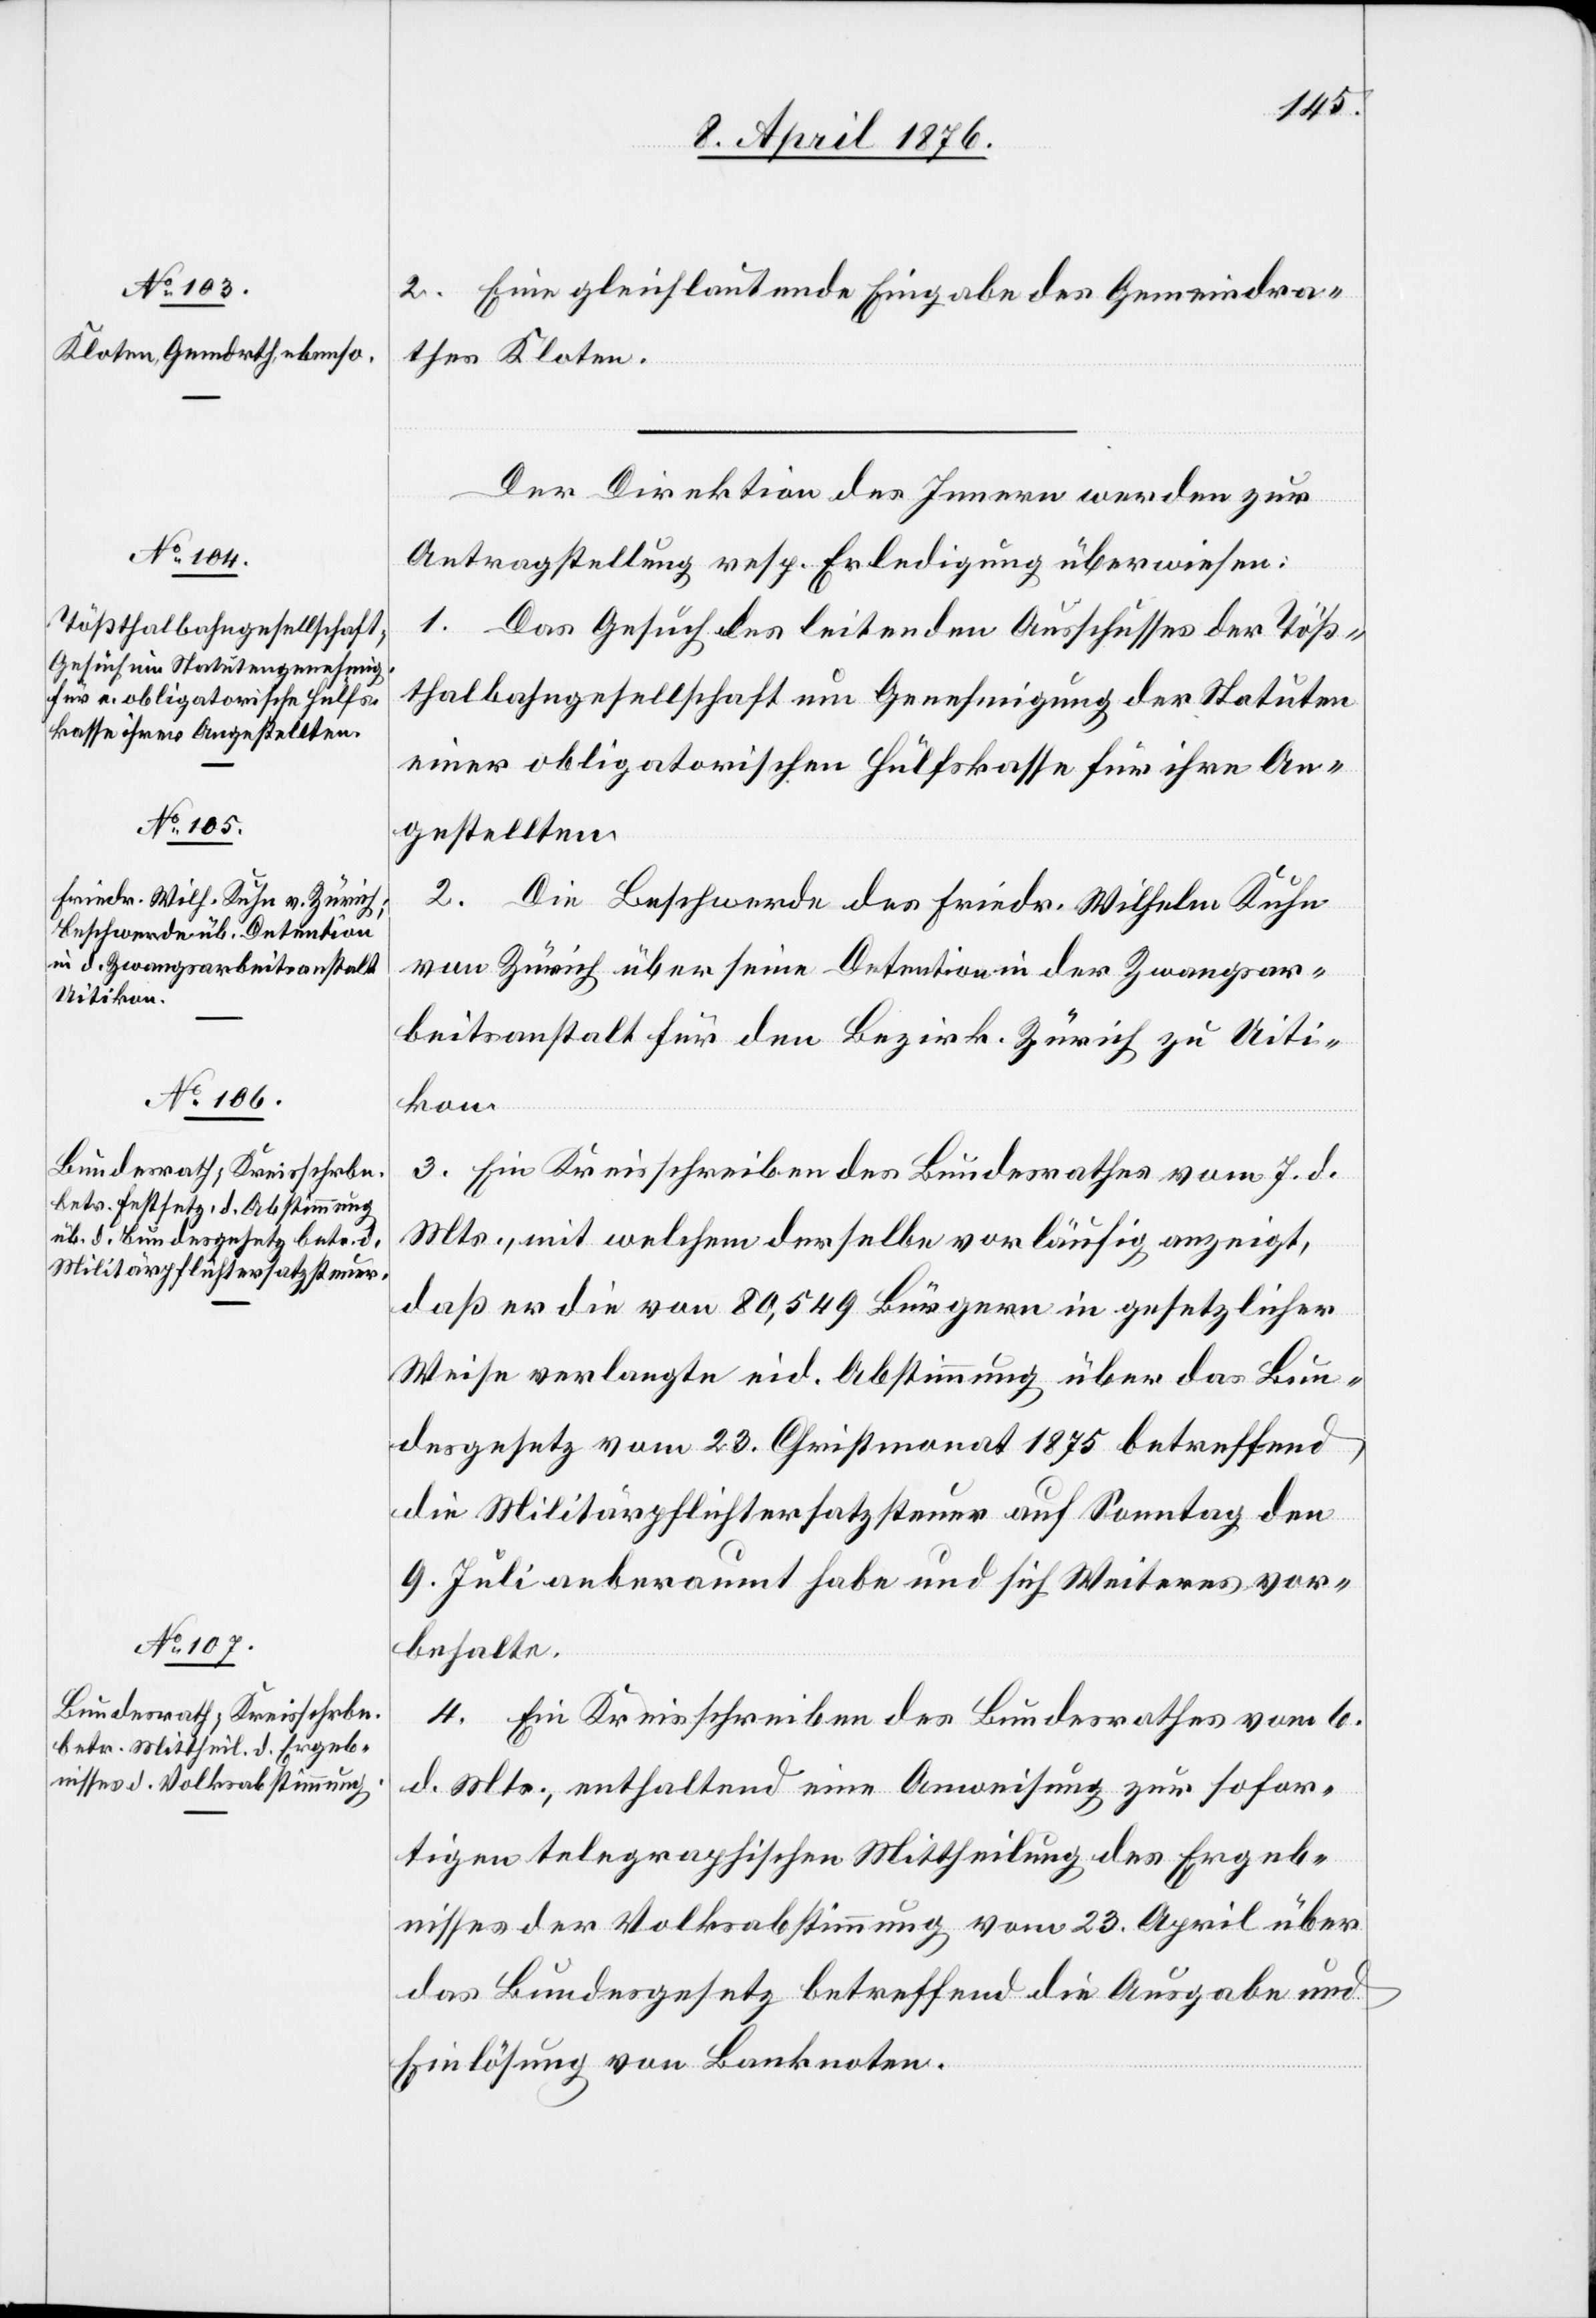
8. April 1876.]
2. Eine gleichlautende Eingabe des Gemeindra¬
thes Kloten.
Der Direktion des Innern werden zur
Antragstellung resp. Erledigung überweisen:
1. Das Gesuch des leitenden Ausschusses der Töß¬
thalbahngesellschaft um Genehmigung der Statuen
einer obligatorischen Hülfskasse für ihre An¬
gestellten.
2. Die Beschwerde des Friedr. Wilhelm Kuhe
von Zürich über seine Detention in der Zwangsar¬
beitsanstalt für den Bezirk. Zürich zu Uiti¬
kon
3. Ein Kreisschreiben des Bundesrathes vom 7. d.
Mts., mit welchem derselbe vorläufig anzeigt,
das er die von 80,549 Bürgern in gesetzlicher
Weise verlangte eid. Abstimmung über das Bun¬
desgesetz vom 23. Christmonat 1875 betreffend
die Militärpflichtersatzsteuer auf Sonntag den
9. Juli anberaumt habe und sich Weiteres vor¬
behalte.
4. Ein Kreisschrieben des Bundesrathes vom 4.
d. Mts., enthaltend eine Anweisung zur sofor¬
tigen telegraphischen Mittheilung des Ergeb¬
nisses der Volksabstimmung vom 23. April über
das Bundesgesetz betreffen die Ausgabe und
Einlösung von Banknoten.